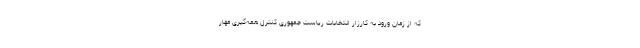
که از زمان ورود به کارزار انتخابات ریاست جمهوری کنترل همه‌گیری مهار